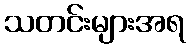
သတင်းများအရ